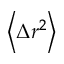
\left\langle { \Delta r ^ { 2 } } \right\rangle